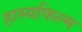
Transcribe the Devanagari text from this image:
हास्यफिल्म